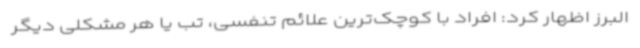
البرز اظهار کرد: افراد با کوچک‌ترین علائم تنفسی، تب یا هر مشکلی دیگر